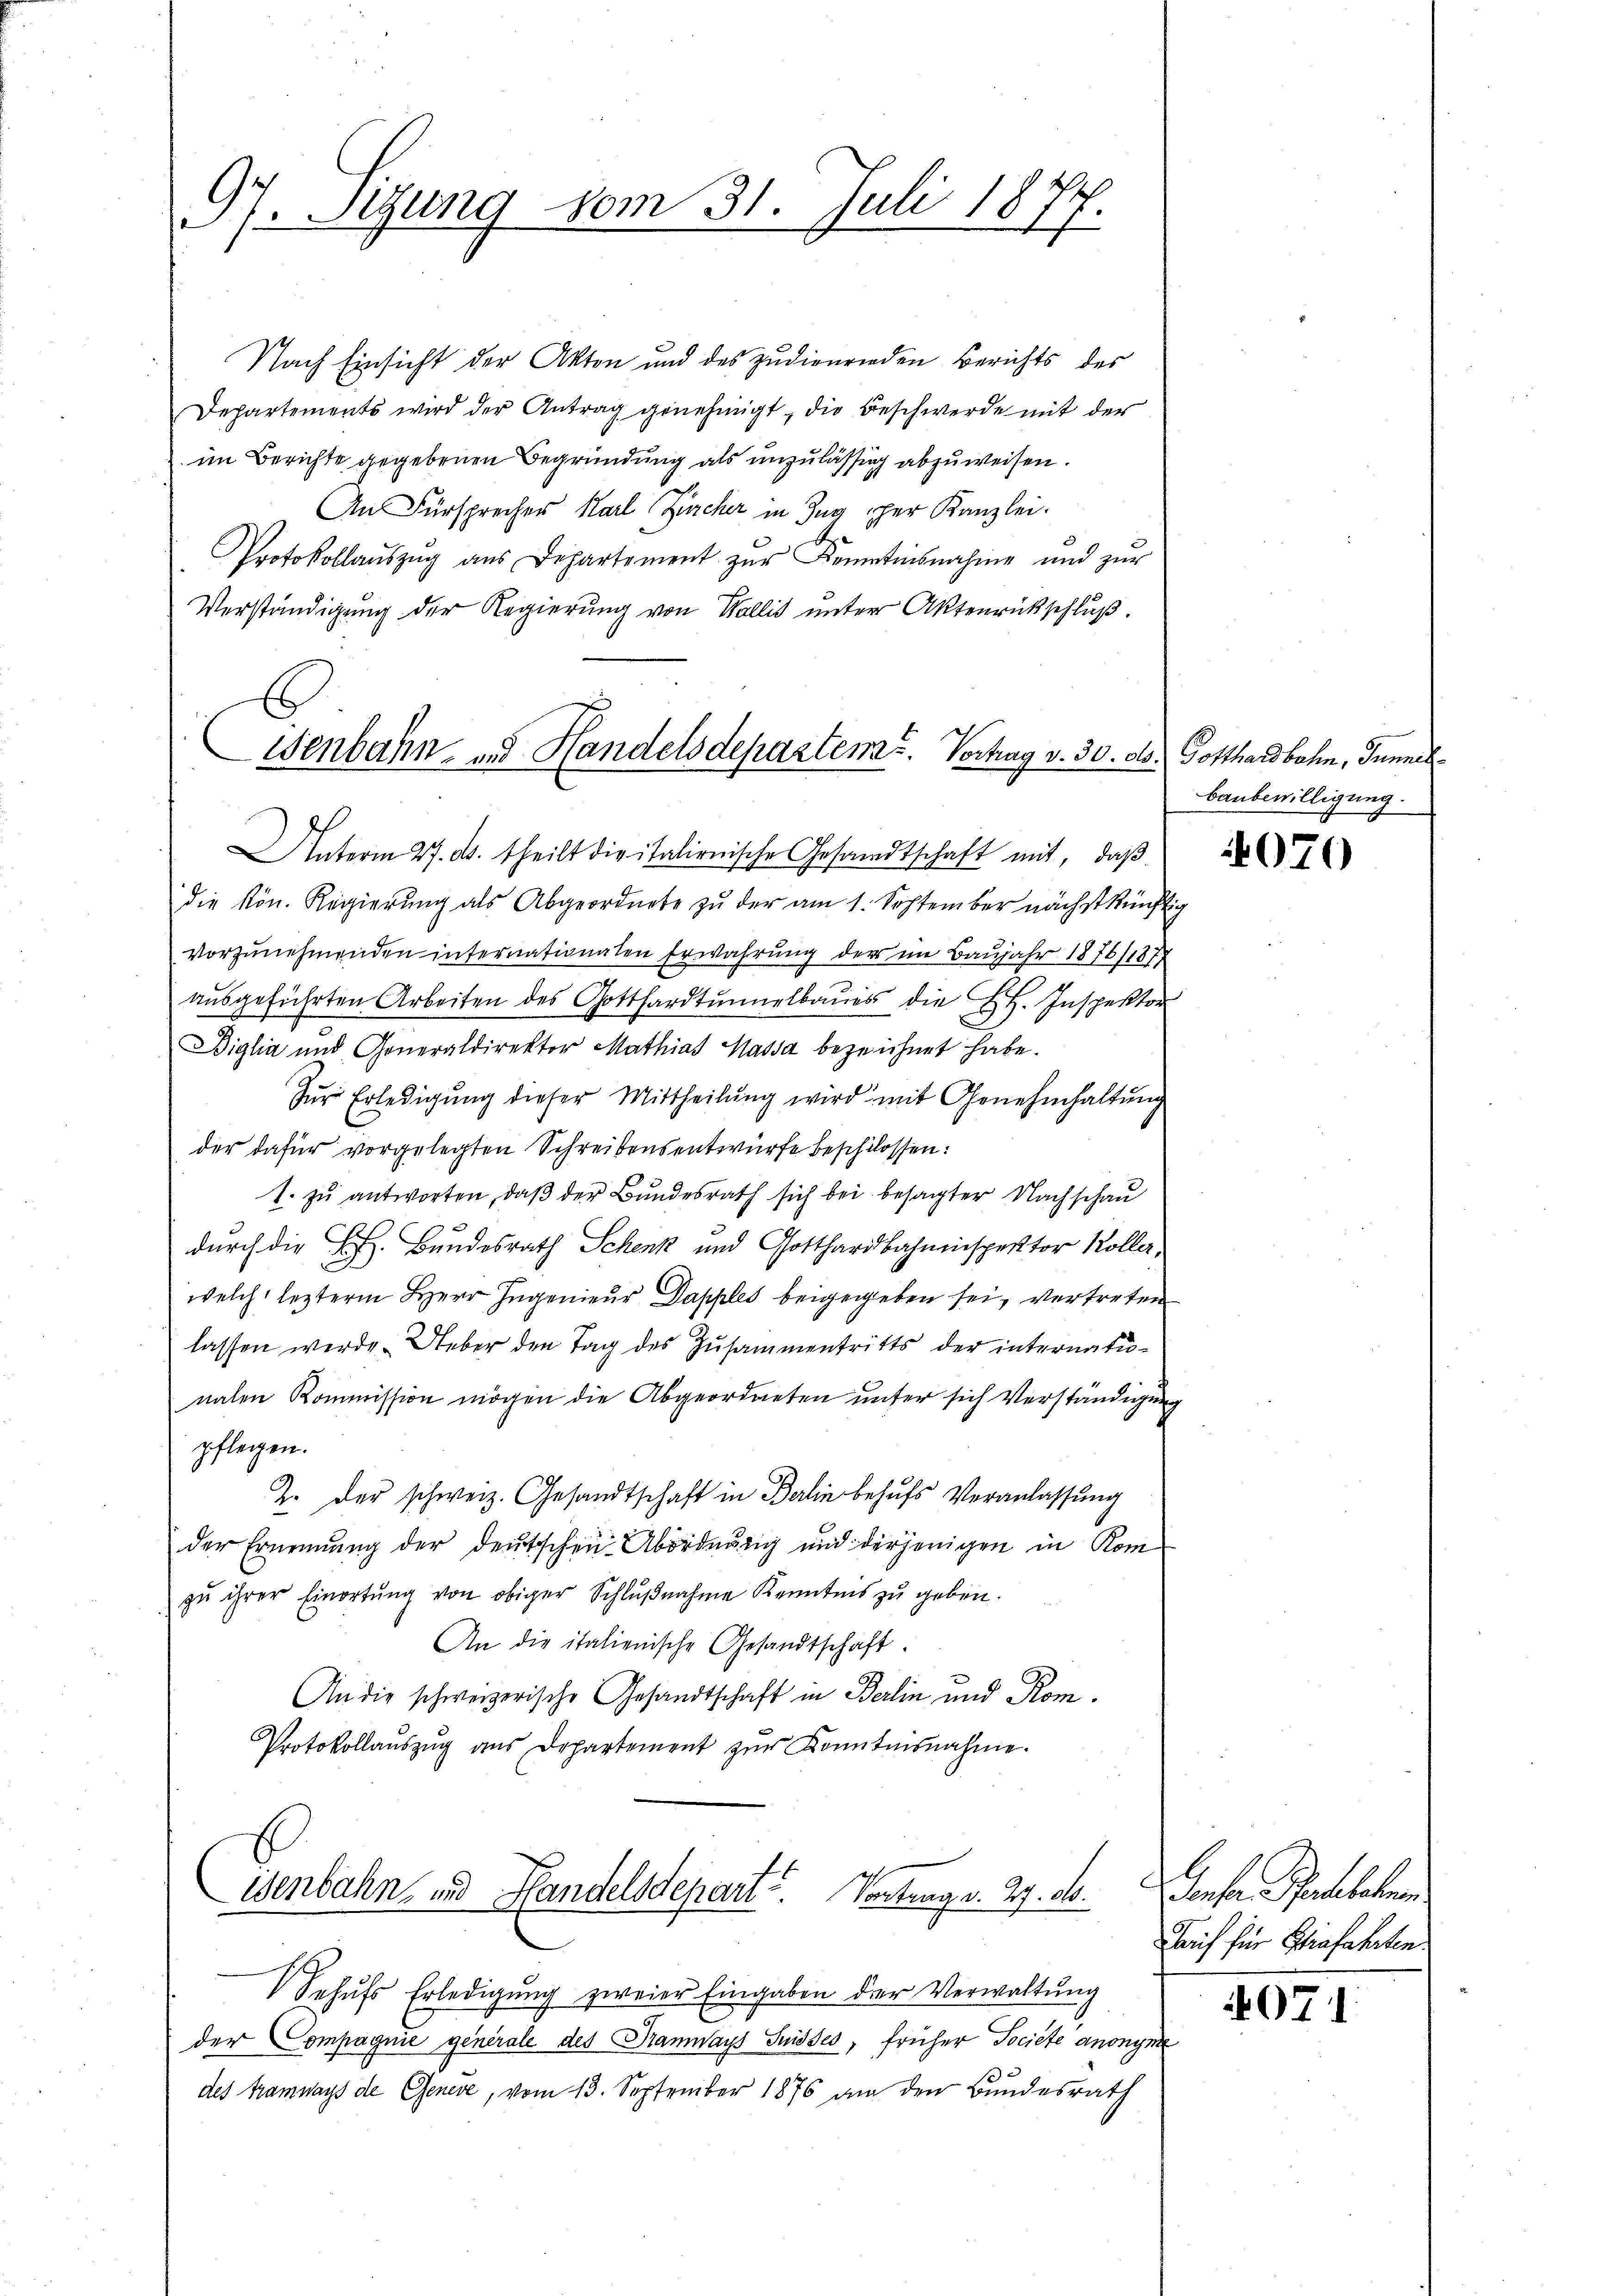
97. Sitzung vom 31. Juli 1877.

Nach Einsicht der Akten und des zudienenden Berichts des
Departements wird der Antrag genehmigt, die Beschwerde mit der
im Berichte gegebenen Begründung als unzulässig abzuweisen.
An Fürsprecher Karl Zürcher in Zug per Kanzlei.
Protokollaŭszŭg aŭs Departement zŭr Kenntnisnahme und zŭr
Verständigung der Regierung von Wallis unter Aktenrückschluß.

Genbahn- und Handelsdepartems. Vortrag v. 30. ds.
Interm 27. d. theilt die italienische Gesandtschaft mit, daβ

die kön. Regierŭng als Abgeordnete zŭ der am 1. September nächstkünftig
vorzŭnehmenden internationalen Erwahrung der im Baŭjahr 1876/187
aŭsgeführten Arbeiten des Gotthardtunnelbaŭes die E. H. Inspektor
Biglia und Generaldirektor Mathias Kassa bezeichnet habe.
Für Erledigung dieser Mittheilung wird mit Genehmhaltung
der dafür vorgelegten Schreibensentwürfe beschlossen:
1. zu antworten, daß der Bundesrath sich bei besagter Nachschau
durch die L. Bundesrath Schenk und Gotthardbahninspektor Koller,
welch lezterm Herr Ingenieur Dapples beigegeben sei, vertreten
lassen werde. Ueber den Tag des Zusammentritts der internatunalen Kommission mögen die Abgeordneten unter sich Verständigung
pflegen.
Z. der schweiz. Gesandtschaft in Berlin behufs Veranlassung
der Ernennung der deutschen Abordnŭng und derjenigen in Kom-
zŭ ihrer Eiortŭng von obiger Schlŭβnahme Kenntnis zu geben.
An die italienische Gesandtschaft.
An die schweizerische Gesandtschaft in Berlin und Kom¬
Protokollaŭszŭg aŭs Departement zŭr Kenntnisnahme.

Wenbahn- und Handelsdepart. Vortrag v. 27. d.

Sehŭfs Erledigŭng zweier Eingaben der Verwaltung
der Compagnie generale des Tramways Suisses, früher Societe anonymi
des Tramways de Geneve, vom 13. September 1876 an den Bundesrath

Gotthardbahn, Tunnel
Baubewilligung.

4070

Conser Parthalen
Tarif für Strafahrten

407